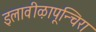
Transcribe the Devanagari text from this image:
इलावीऴापून्चिरा